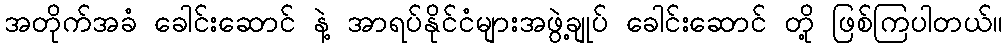
အတိုက်အခံ ခေါင်းဆောင် နဲ့ အာရပ်နိုင်ငံများအဖွဲ့ချုပ် ခေါင်းဆောင် တို့ ဖြစ်ကြပါတယ်။